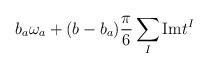
LaTeX: \begin{align*}b_a\omega_a + (b-b_a){\pi\over6}\sum_I{\rm Im}t^I\end{align*}